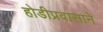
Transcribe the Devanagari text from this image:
होडीप्रवासाने